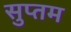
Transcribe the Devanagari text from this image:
सुप्तम